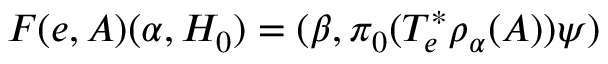
F ( e , A ) ( \alpha , { \cal H } _ { 0 } ) = ( \beta , \pi _ { 0 } ( T _ { e } ^ { * } \rho _ { \alpha } ( A ) ) \psi )